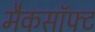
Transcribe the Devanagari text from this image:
मैकसॉफ्ट